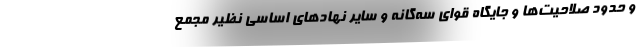
و حدود صلاحیت‌ها و جایگاه قوای سه‌گانه و سایر نهادهای اساسی نظیر مجمع